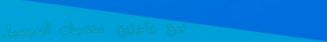
بيع وتوزيع منتجات التجميل